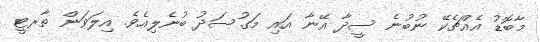
މާބޮޑު އެއްޗެކޭ ނުބުނެ ސީދާ އޭނާ އައި މަގުސަދު ބުނެލިއެވެ. އިލަވަން ތާރޓީ